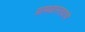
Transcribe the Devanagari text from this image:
ग्रामवास्तवाचे